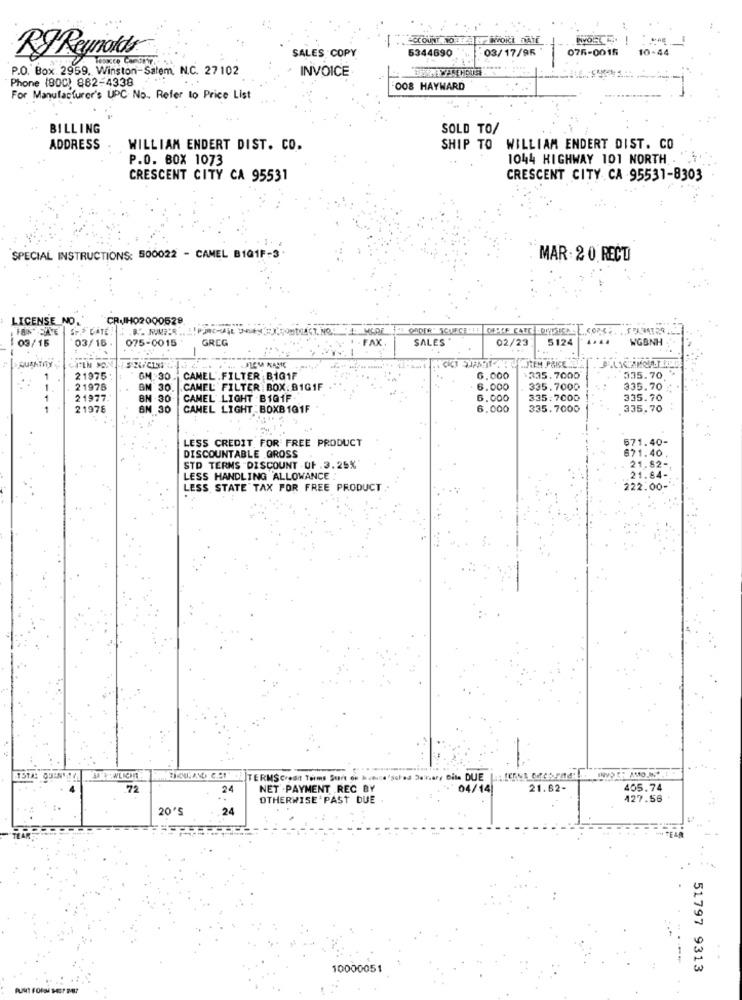
-1
WOKCL DATE
-
..
5344690
03/17/95
075-0015
10-44
RJ Reynolds
SALES COPY
P.O. Box 2959. Winston-Salem N.C. 27102
INVOICE
Phone (80C) 882-4338
008 HAYWARD
For Manufacturer's UPC No .. Refer to Price List
BILLING
SOLD TO/
ADDRESS
WILLIAM ENDERT DIST. CO.
SHIP TO WILLIAM ENDERT DIST. CO
P.O. BOX 1073
1044 HIGHWAY 101 NORTH
CRESCENT CITY CA 95531
CRESCENT CITY CA 95531-8303
SPECIAL INSTRUCTIONS: 500022 - CAMEL B101F-3
MAR : 20 RECTI
LICENSE NO
2000528
FOIN SAVE
S GATE
03/15
03/16.
075-0015
GREG
- FAX
SALES
02/23
5124
WGBNH
DAUMATHY
1
21975
GM :30
CAMEL.FILTER BIG1F
6.000
335.7000
335.70
1
21976
130
CAMEL FILTER BOX.B1GIF
6.000
335.7000
335.70
1
21977.
BN .30
CAMEL LIGHT -B1Q1F
6.000
335:7000
335.70
1
21978
BN 30
CAMEL LIGHT BOXB 101F
6,000
335.7000
335.70
571.40-
LESS CREDIT FOR FREE PRODUCT
671.40
DISCOUNTABLE GROSS
21.82-
STD TERMS "DISCOUNT .OF . 3.25%
LESS HANDLING ALLOWANCE
21.84-
LESS STATE TAX FOR FREE PRODUCT
222.00-
TERMS Credit Terms Surt o. h.e.
"sched Devar, Dile DUE
.72
24
NET .PAYMENT REC BY
04/14
21.62-
405.74
OTHERWISE PAST DUE
127.56
20'S
24
10000051
51797 9313